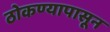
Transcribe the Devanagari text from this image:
ठोकण्यापासून